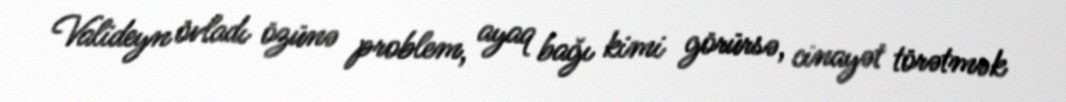
Valideyn övladı özünə problem, ayaq bağı kimi görürsə, cinayət törətmək